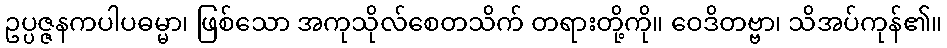
ဥပ္ပဇ္ဇနကပါပဓမ္မာ၊ ဖြစ်သော အကုသိုလ်စေတသိက် တရားတို့ကို။ ဝေဒိတဗ္ဗာ၊ သိအပ်ကုန်၏။